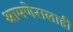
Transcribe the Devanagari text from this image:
श्रामणेरालाही